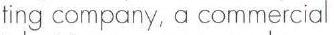
ting company, a commercial